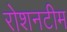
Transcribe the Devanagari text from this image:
रोशनटीम